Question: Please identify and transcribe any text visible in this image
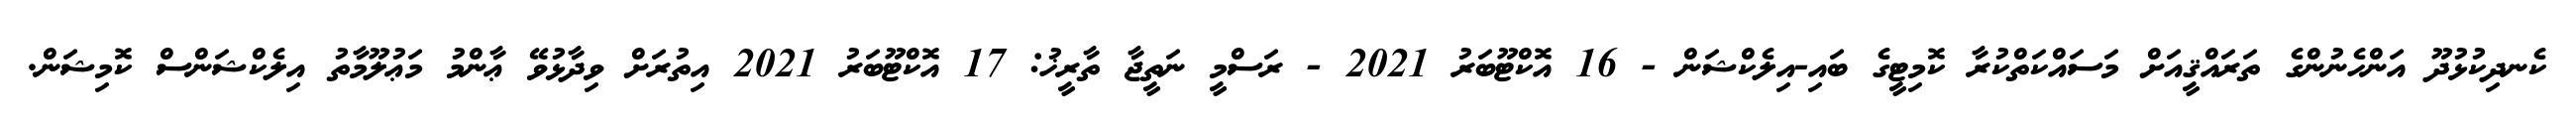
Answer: ކެނދިކުޅުދޫ އަންހެނުންގެ ތަރައްޤީއަށް މަސައްކަތްކުރާ ކޮމިޓީގެ ބައި-އިލެކްޝަން - 16 އޮކްޓޫބަރު 2021 - ރަސްމީ ނަތީޖާ ތާރީޚު: 17 އޮކްޓޫބަރު 2021 އިތުރަށް ވިދާޅުވޭ ޢާންމު މަޢުލޫމާތު އިލެކްޝަންސް ކޮމިޝަން.